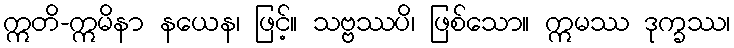
ဣတိ-ဣမိနာ နယေန၊ ဖြင့်။ သဗ္ဗဿပိ၊ ဖြစ်သော။ ဣမဿ ဒုက္ခဿ၊